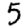
Digit: 5